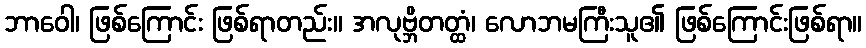
ဘာဝေါ၊ ဖြစ်ကြောင်း ဖြစ်ရာတည်း။ အလုဗ္ဘိတတ္ထံ၊ လောဘမကြီးသူ၏ ဖြစ်ကြောင်းဖြစ်ရာ။